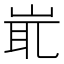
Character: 𡷝